Report of the Municipal Commissioner on the plague in Bombay for the year ending 31st May... - Volume 2
Disease focus: Plague
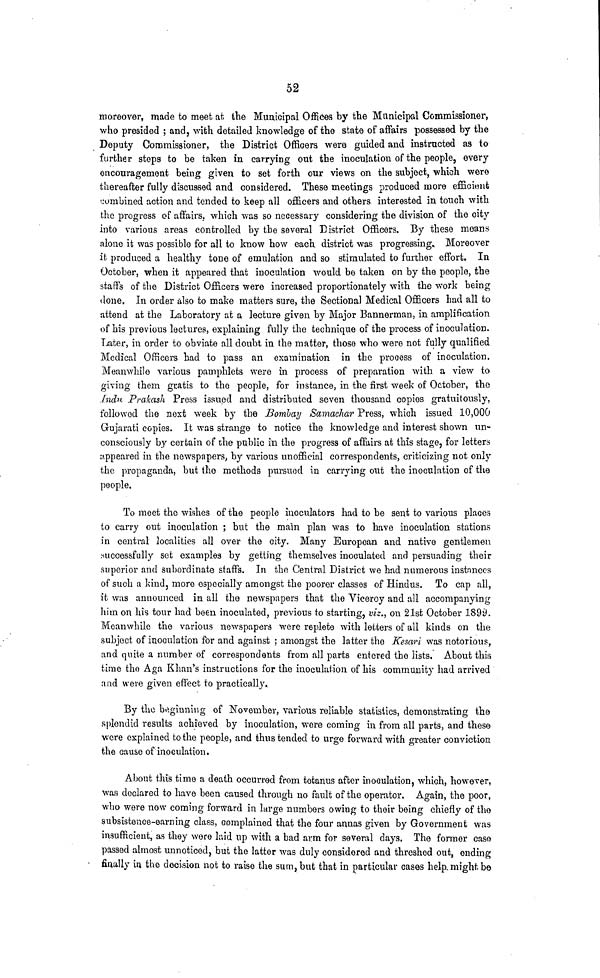
52
moreover, made to meet at the Municipal Offices by the Municipal Commissioner,
who presided ; and, with detailed knowledge of the state of affairs possessed by the
Deputy Commissioner, the District Officers were guided and instructed as to
further steps to be taken in carrying out the inoculation of the people, every
encouragement being given to set forth our views on the subject, which were
thereafter fully discussed and considered. These meetings produced more efficient
combined action and tended to keep all officers and others, interested in touch with
the progress of affairs, which was so necessary considering the division of the city
into various areas controlled by the several District Officers. By these means
alone it was possible for all to know how each district was progressing.. Moreover
it produced a healthy tone of emulation and so stimulated to further effort. In
October, when it appeared that inoculation would be taken on by the people, the
staffs of the District Officers were increased proportionately with the work being
done, In order also to make matters sure, the Sectional Medical Officers had all to
attend at the Laboratory at a lecture given by Major Bannerman, in amplification
of his previous lectures, explaining fully the technique of the process of inoculation.
Later, in order to obviate all doubt in the matter, those who were not fully qualified
Medical Officers had to pass an examination in the process of inoculation.
Meanwhile various pamphlets were in process of preparation with a view to
giving them gratis to the people, for instance, in the first week of October, the
Indu Prakash Press issued and distributed seven thousand copies gratuitously,
followed the next week by the Bombay Samachar Press, which issued 10,000
Gujarati copies. It was strange to notice the knowledge and interest shown un-
consciously by certain of the public in the progress of affairs at this stage, for letters
appeared in the newspapers, by various unofficial correspondents, criticizing not only
the propaganda, but the methods pursued in carrying out the inoculation of the
people.
To meet the wishes of the people inoculators had to be sent to various places
to carry out inoculation ; but the mam plan was to have inoculation stations
in central localities all over the city. Many European and native gentlemen
successfully set examples by getting themselves inoculated and persuading their
superior and subordinate staffs. In the Central District we had numerous instances
of such a kind, more especially amongst the poorer classes of Hindus. To cap all,
it was announced in all the newspapers that the Viceroy and all accompanying
him on his tour had been inoculated, previous to starting, viz., on 21st October 1899.
Meanwhile the various newspapers were replete with letters of all kinds on the
subject of inoculation for and against ; amongst the latter the Kesari was notorious,
and quite a number of correspondents from all parts entered the lists. About this
time the Aga Khan's instructions for the inoculation of his community had arrived
and were given effect to practically.
By the beginning of November, various reliable statistics, demonstrating the
splendid results achieved by inoculation, were coming in from all parts, and these
were explained to the people, and thus tended to urge forward with greater conviction
the cause of inoculation.
About this time a death occurred from tetanus after inoculation, which, however,
was declared to have been caused through no fault of the operator. Again, the poor,
who were now coming forward in large numbers owing to their being chiefly of the
subsistence-earning class, complained that the four annas given by Government was
insufficient, as they were laid up with a bad arm for several days. The former caso
passed almost unnoticed, but the latter was duly considered and threshed out, ending
finally in the decision not to raise the sum, but that in particular cases help, might be